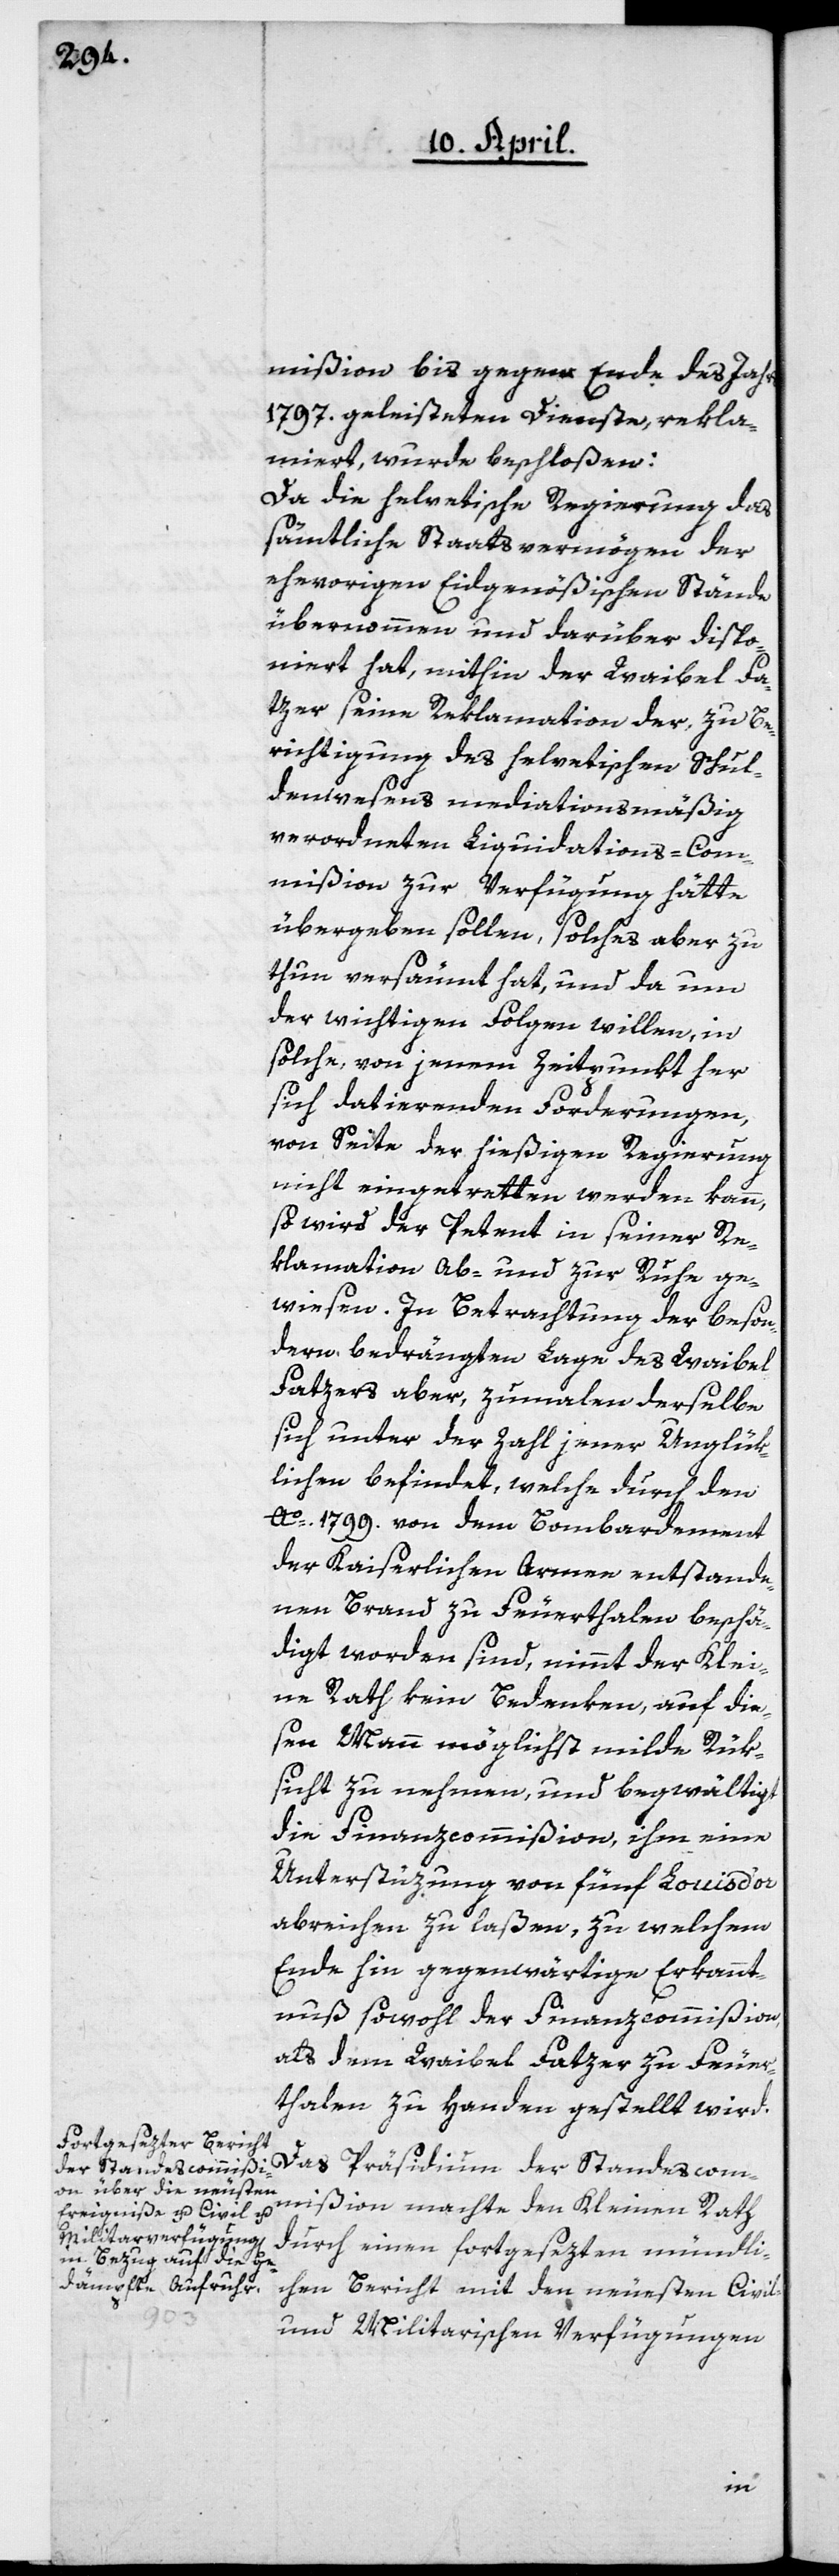
mißion bis gegen Ende des Jahrs
1797. geleisteten Dienste, rekla¬
miert, wurde beschloßen:
Da die helvetische Regierung das
sämtliche Staatsvermögen der
ehevorigen Eidgenößischen Stände
übernommen und darüber dispo¬
niert hat, mithin der Waibel Fa¬
tzer seine Reklamation der, zu Be¬
richtigung des helvetischen Schul¬
denwesens mediationsmäßig
verordneten Liquidations-Com¬
mißion zur Verfügung hätte
übergeben sollen, solches aber zu
tun versäumt hat, und da um
der wichtigen Folgen willen, in
solche, von jenem Zeitpunkt her
sich datierenden Forderungen,
von Seite der hießigen Regierung
nicht eingetretten werden kann,
so wird der Petent in seiner Re¬
klamation ab- und zur Ruhe ge¬
wiesen. In Betrachtung der beson¬
dern bedrängten Lage des Waibel
Fatzers aber, zumalen derselbe
sich unter der Zahl jener Unglük¬
lichen befindet, welche durch den
Ao. 1799. von dem Bombardement
der Kaiserlichen Armee entstande¬
nen Brand zu Feuerthalen beschä¬
digt worden sind, nimmt der Klei¬
ne Rath kein Bedenken, auf die¬
sen Mann möglichst milde Rük¬
sicht zu nehmen, und begwältigt
die Finanzcommißion, ihm eine
Unterstützung von fünf Louis d’or
abreichen zu laßen, zu welchem
Ende hin gegenwärtige Erkannt¬
nuß sowohl der Finanzcommißion
als dem Waibel Fatzer zu Feuer¬
thalen zu Handen gestellt wird.
Das Präsidium der Standescom¬
mißion machte den Kleinen Rath
durch einen fortgesezten mündli¬
chen Bericht mit den neuesten Civil-
und Militarischen Verfügungen